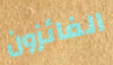
الفائزون